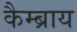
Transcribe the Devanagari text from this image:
कैम्ब्राय